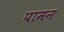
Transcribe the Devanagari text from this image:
पामन